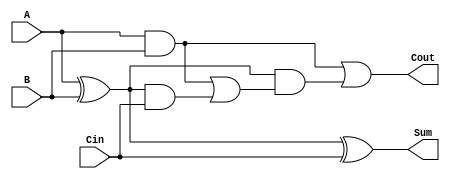
module CarryLookaheadFullAdder (
    input wire A,      // First binary digit
    input wire B,      // Second binary digit
    input wire Cin,    // Carry input
    output wire Sum,   // Sum output
    output wire Cout   // Carry output
);

    // Internal signals for Propagate and Generate
    wire P;           // Propagate signal
    wire G;           // Generate signal
    wire C1;          // Intermediate carry output

    // Generate the Propagate and Generate signals
    assign P = A ^ B; // P = A XOR B
    assign G = A & B; // G = A AND B

    // Calculate the first carry output
    assign C1 = G | (P & Cin); // C1 = G OR (P AND Cin)

    // Calculate the final carry output (Cout)
    assign Cout = G | (P & C1); // Cout = G OR (P AND C1)

    // Calculate the Sum output
    assign Sum = P ^ Cin; // Sum = P XOR Cin

endmodule